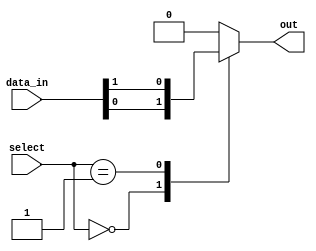
module multiplexer_128to1 (
    input [127:0] data_in,
    input [6:0] select,
    output reg out
);

always @(*) begin
    case (select)
        7'b0000000: out = data_in[0];
        7'b0000001: out = data_in[1];
        // continue for all 128 input signals
        default: out = 1'b0; // default output when select input is invalid
    endcase
end

endmodule